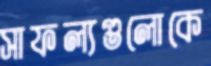
সাফল্যগুলোকে